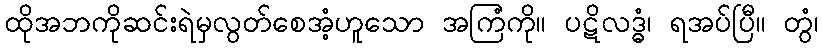
ထိုအဘကိုဆင်းရဲမှလွတ်စေအံ့ဟူသော အကြံကို။ ပဋိလဒ္ဓံ၊ ရအပ်ပြီ။ တွံ၊